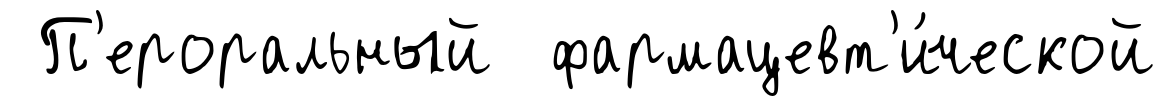
П'ероральный фармацевт'и́ческой